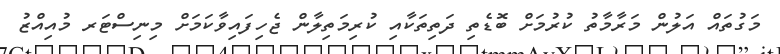
މަގުތައް އަލުން މަރާމާތު ކުރުމަށް ބޮޑެތި ދަތިތަކާއި ކުރިމަތިލާން ޖެހިފައިވާކަމަށް މިނިސްޓަރ މުއިއްޒު